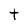
Character: t